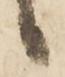
候